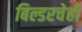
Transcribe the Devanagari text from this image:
बिल्डरचेही